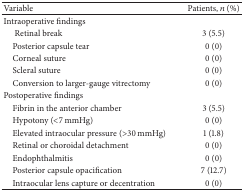
<table><thead><tr><td><b>Variable </b></td><td><b>Patients, <i>n</i> (%) </b></td></tr></thead><tbody><tr><td>Intraoperative findings</td><td> </td></tr><tr><td>Retinal break </td><td>3 (5.5)</td></tr><tr><td> Posterior capsule tear </td><td>0 (0)</td></tr><tr><td> Corneal suture </td><td>0 (0)</td></tr><tr><td> Scleral suture </td><td>0 (0)</td></tr><tr><td> Conversion to larger-gauge vitrectomy </td><td>0 (0)</td></tr><tr><td>Postoperative findings</td><td> </td></tr><tr><td> Fibrin in the anterior chamber </td><td>3 (5.5)</td></tr><tr><td> Hypotony (&lt;7 mmHg)</td><td>0 (0)</td></tr><tr><td> Elevated intraocular pressure (&gt;30 mmHg) </td><td>1 (1.8)</td></tr><tr><td> Retinal or choroidal detachment </td><td>0 (0)</td></tr><tr><td> Endophthalmitis </td><td>0 (0)</td></tr><tr><td> Posterior capsule opacification </td><td>7 (12.7)</td></tr><tr><td> Intraocular lens capture or decentration </td><td>0 (0)</td></tr></tbody></table>